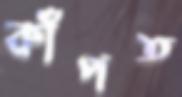
কাঁপত